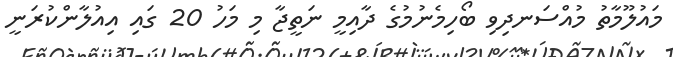
މައުލޫމާތު މުއްސަނދިވި ބޯހިމެނުމުގެ ދާއިމީ ނަތީޖާ މި މަހު 20 ގައި އިއުލާންކުރަނީ